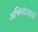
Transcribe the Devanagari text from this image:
अभिनंदनार्थ